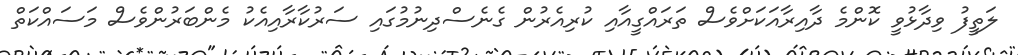
ލަތީފު ވިދާޅުވީ ކޮންމެ ދާއިރާއަކަށްވެސް ތަރައްގީއާއި ކުރިއެރުން ގެނެސްދިނުމުގައި ސަރުކާރާއިއެކު މެންބަރުންވެސް މަސައްކަތް